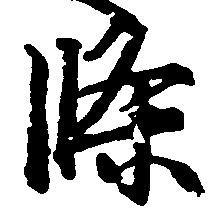
条